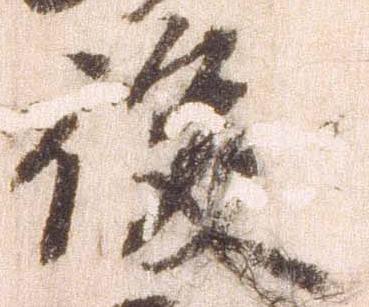
後